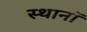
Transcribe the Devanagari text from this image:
स्थानॉ